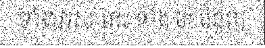
ទាំងអស់ នេះ ទាំង មុខជំនួញ